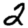
Digit: 2